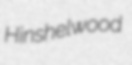
Hinshelwood